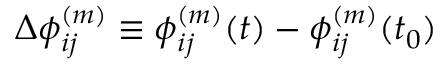
\Delta \phi _ { i j } ^ { ( m ) } \equiv \phi _ { i j } ^ { ( m ) } ( t ) - \phi _ { i j } ^ { ( m ) } ( t _ { 0 } )